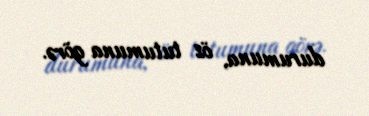
durumuna, öz tutumuna görə.